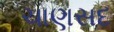
ચાણસદ